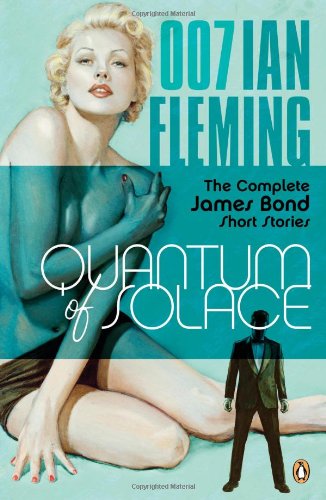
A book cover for Quantum of Solace: The Complete James Bond Short Stories; Ian Fleming; Literature & Fiction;